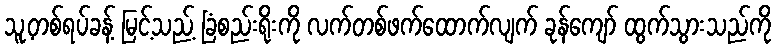
သူ့တစ်ရပ်ခန့် မြင့်သည့် ခြံစည်းရိုးကို လက်တစ်ဖက်ထောက်လျက် ခုန်ကျော် ထွက်သွားသည်ကို